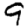
Digit: 9